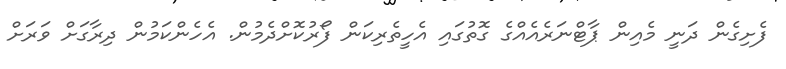
ފެށިގެން ދަނީ މެއިން ޕާޓްނަރެއެއްގެ ގޮތުގައި އެހީތެރިކަން ފޯރުކޮށްދެމުން. އެހެންކަމުން ދިރާގަށް ވަރަށް